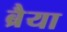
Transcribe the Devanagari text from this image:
ब्रैया